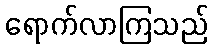
ရောက်လာကြသည်